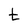
Character: t